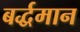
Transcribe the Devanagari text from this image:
बर्द्धमान